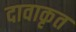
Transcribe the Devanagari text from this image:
दावाकृत